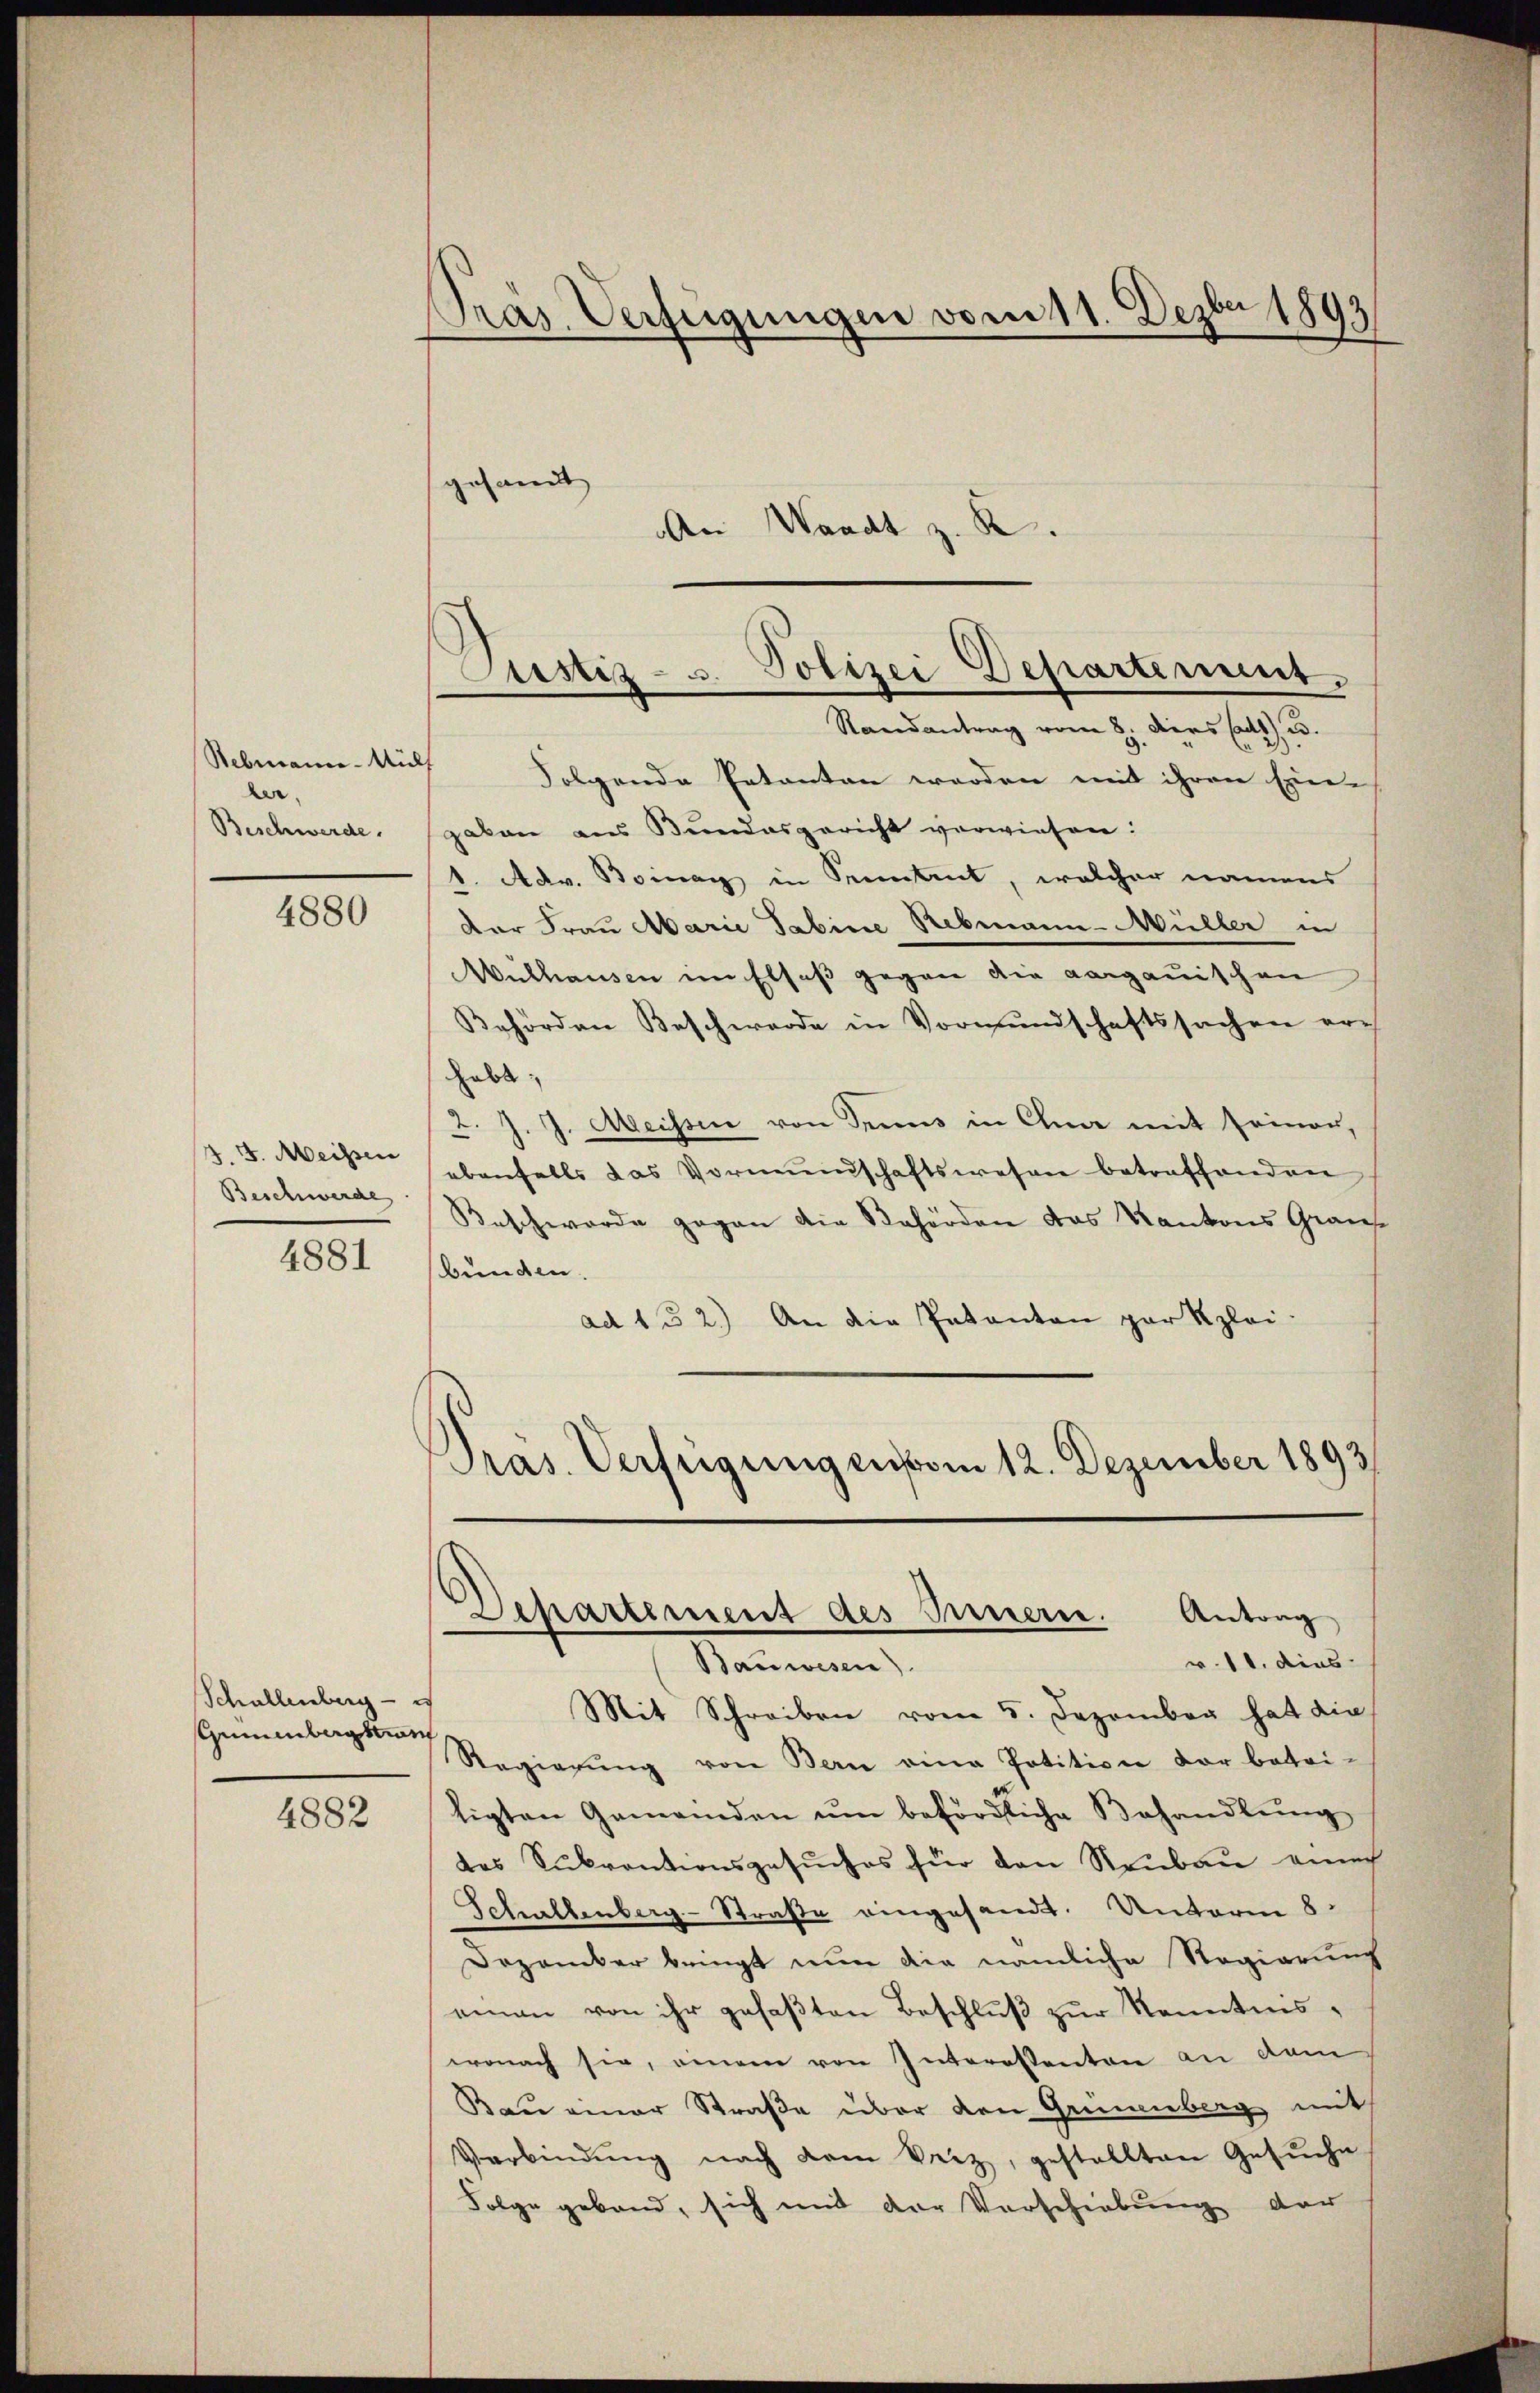
Rebmann. Müll
ler.
Beschwerde.

4880

J. J. Meissen
Beschwerde

4881

Schallenberg - es
Gumenbergstrum
4882

Pras Verfeigungen vom 11. Dezbr 1893
gesandt
An Waadt z. R.

Justiz- u. Polizei Departement.
Randantrag vom 8. ders (ad 2.

Folgende Entanten werden mit ihren Eingaben aus Bundesgericht verwiesen:
1. Adv. Boinay in Prentrut, welcher namens
Der Frau Marie Tabine Rebmann-Müller in
Wulhausen im Elsaß gegen die aargauischen
Behörden Beschwerde in Vormŭndschaftssachen er-
habt;
2. J. J. Meissen von Senns in Ohna mit seiner,
ebenfalls das Vormŭndschaftswesen betreffenden
Beschwerde gegen die Behörden das Kantons Graus
bunden.
ad 132.) An die Pakanton par Klei¬
Pras. Verfügungen vom 12. Dezember 1893

Lpartement des Presserre. Antrag
r. 11. dies
Bauwesen)

Mit Schreiben vom 5. Dezember hat die
Regierŭng von Bern eine Potition vor betri-
ligten Gemeinden ŭm behördliche Behandlŭng
des Sukrantionsgesŭches für den Neubau einech
Schallenberg-Straße eingesandt. Unterm 8.
Dezember bringt nun die nämliche Regierung
einen von ihr gefaßten Beschluß zur Kenntniswonach sie, einem von Interessanten an dem
Bau einer Straße über den Grünenberg mit
Verbindŭng nach dem Beiz, gestellten Gesŭche
Folge geband, sich mit der Vorschiebung der